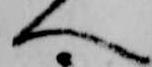
へ